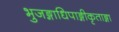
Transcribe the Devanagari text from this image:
भुजङ्गाधिपाङ्गीकृताङ्गा